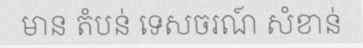
មាន តំបន់ ទេសចរណ៍ សំខាន់